Indian journal of veterinary science and animal husbandry - Volumes 28-29, 1958-1959
Year: 1958
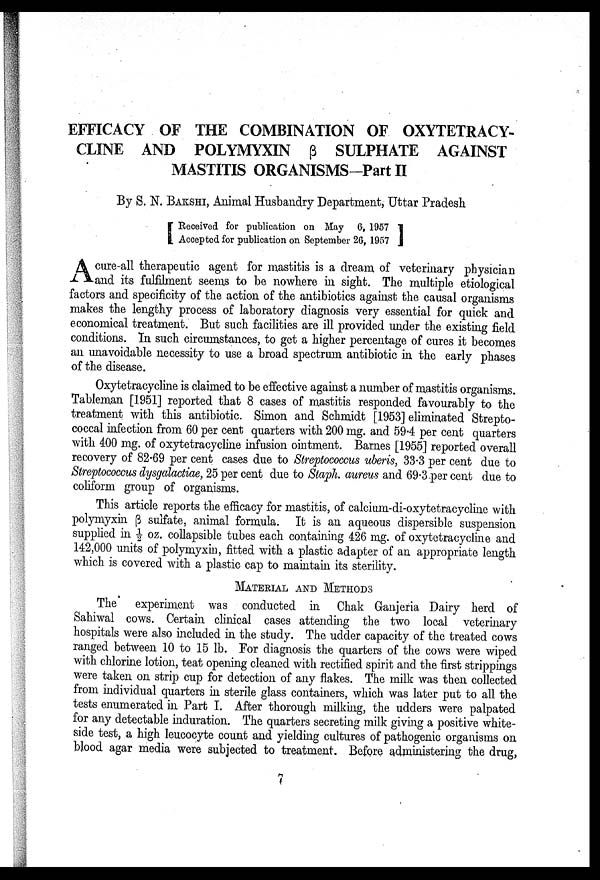
EFFICACY OF THE COMBINATION OF OXYTETRACY¬
CLINE AND POLYMYXIN β SULPHATE AGAINST
MASTITIS ORGANISMS-Part II
By S. N. BAKSHI, Animal Husbandry Department, Uttar Pradesh
[Received for publication on May 6, 1957
Accepted for publication on September 26, 1957]
A cure-all therapeutic agent for mastitis is a dream of veterinary physician
and its fulfilment seems to be nowhere in sight. The multiple etiological
factors and specificity of the action of the antibiotics against the causal organisms
makes the lengthy process of laboratory diagnosis very essential for quick and
economical treatment. But such facilities are ill provided under the existing field
conditions. In such circumstances, to get a higher percentage of cures it becomes
an unavoidable necessity to use a broad spectrum antibiotic in the early phases
of the disease.
Oxytetracycline is claimed to be effective against a number of mastitis organisms.
Tableman [1951] reported that 8 cases of mastitis responded favourably to the
treatment with this antibiotic. Simon and Schmidt [1953] eliminated Strepto
coccal infection from 60 per cent quarters with 200 mg. and 59.4 per cent quarters
with 400 mg. of oxytetracycline infusion ointment. Barnes [1955] reported overall
recovery of 82.69 per cent cases due to Streptococcus uberis, 33.3 per cent due to
Streptococcus dysgalactiae, 25 per cent due to Staph. aureus and 69.3 per cent due to
coliform group of organisms.
This article reports the efficacy for mastitis, of calcium-di-oxytetracycline with
polymyxin β sulfate, animal formula. It is an aqueous dispersible suspension
supplied in ½ oz. collapsible tubes each containing 426 mg. of oxytetracycline and
142,000 units of polymyxin, fitted with a plastic adapter of an appropriate length
which is covered with a plastic cap to maintain its sterility.
MATERIALS AND METHODS
The experiment was conducted in Chak Ganjeria Dairy herd of
Sahiwal cows. Certain clinical cases attending the two local veterinary
hospitals were also included in the study. The udder capacity of the treated cows
ranged between 10 to 15 lb. For diagnosis the quarters of the cows were wiped
with chlorine lotion, teat opening cleaned with rectified spirit and the first strippings
were taken on strip cup for detection of any flakes. The milk was then collected
from individual quarters in sterile glass containers, which was later put to all the
tests enumerated in Part I. After thorough milking, the udders were palpated
for any detectable induration. The quarters secreting milk giving a positive white-
side test, a high leucocyte count and yielding cultures of pathogenic organisms on
blood agar media were subjected to treatment. Before administering the drug,
7